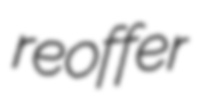
reoffer